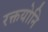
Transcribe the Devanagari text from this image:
रक्तयोनि